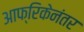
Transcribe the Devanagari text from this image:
आफ्रिकेनंतर